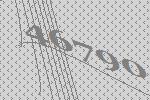
46790